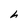
Character: h